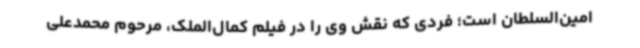
امین‌السلطان است؛ فردی که نقش وی را در فیلم کمال‌الملک، مرحوم محمدعلی